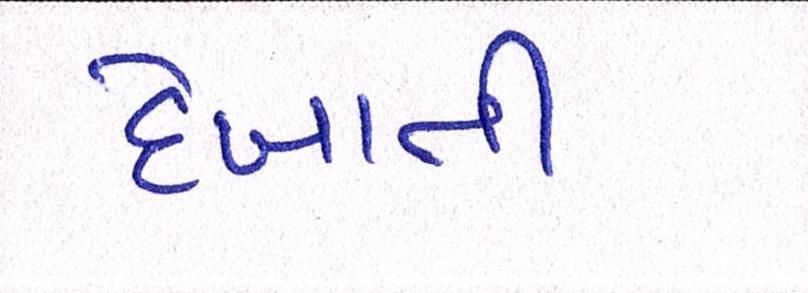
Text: દેખાતી